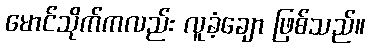
မောင်သိုက်ကလည်း လူခံ့ချော ဖြစ်သည်။